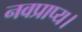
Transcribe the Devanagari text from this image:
नवप्राप्य।